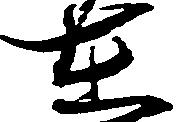
在